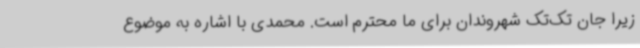
زیرا جان تک‌تک شهروندان برای ما محترم است. محمدی با اشاره به موضوع